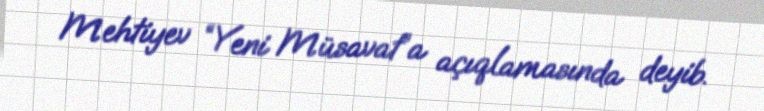
Mehtiyev “Yeni Müsavat”a açıqlamasında deyib.